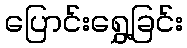
ပြောင်းရွှေ့ခြင်း